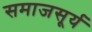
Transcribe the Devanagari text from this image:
समाजसूर्य